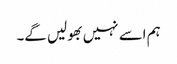
ہم اسے نہیں بھولیں گے۔